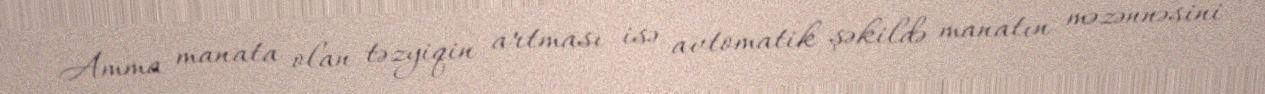
Amma manata olan təzyiqin artması isə avtomatik şəkildə manatın məzənnəsini